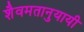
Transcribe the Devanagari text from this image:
शैवमतानुयायी